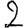
Digit: 2